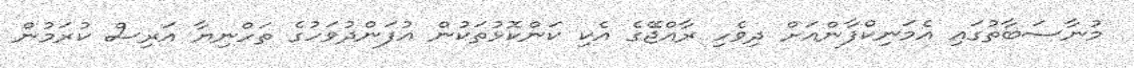
މުނާސަބާތުގައި އެމަނިކްފާންއަށް ދިވެހި ރާއްޖޭގެ އެކި ކަންކޮޅުތަކުން އުފަންދުވަހުގެ ތަހްނިޔާ އަރިސް ކުރަމުން